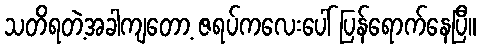
သတိရတဲ့အခါကျတော့ ဇရပ်ကလေးပေါ် ပြန်ရောက်နေပြီ။